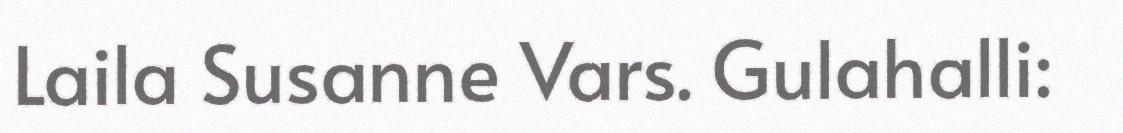
Laila Susanne Vars. Gulahalli: